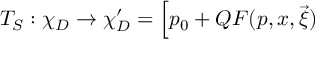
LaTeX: T _ { S } : \chi _ { D } \rightarrow \chi _ { D } ^ { \prime } = \Big [ p _ { 0 } + Q F ( p , x , \vec { \xi } )